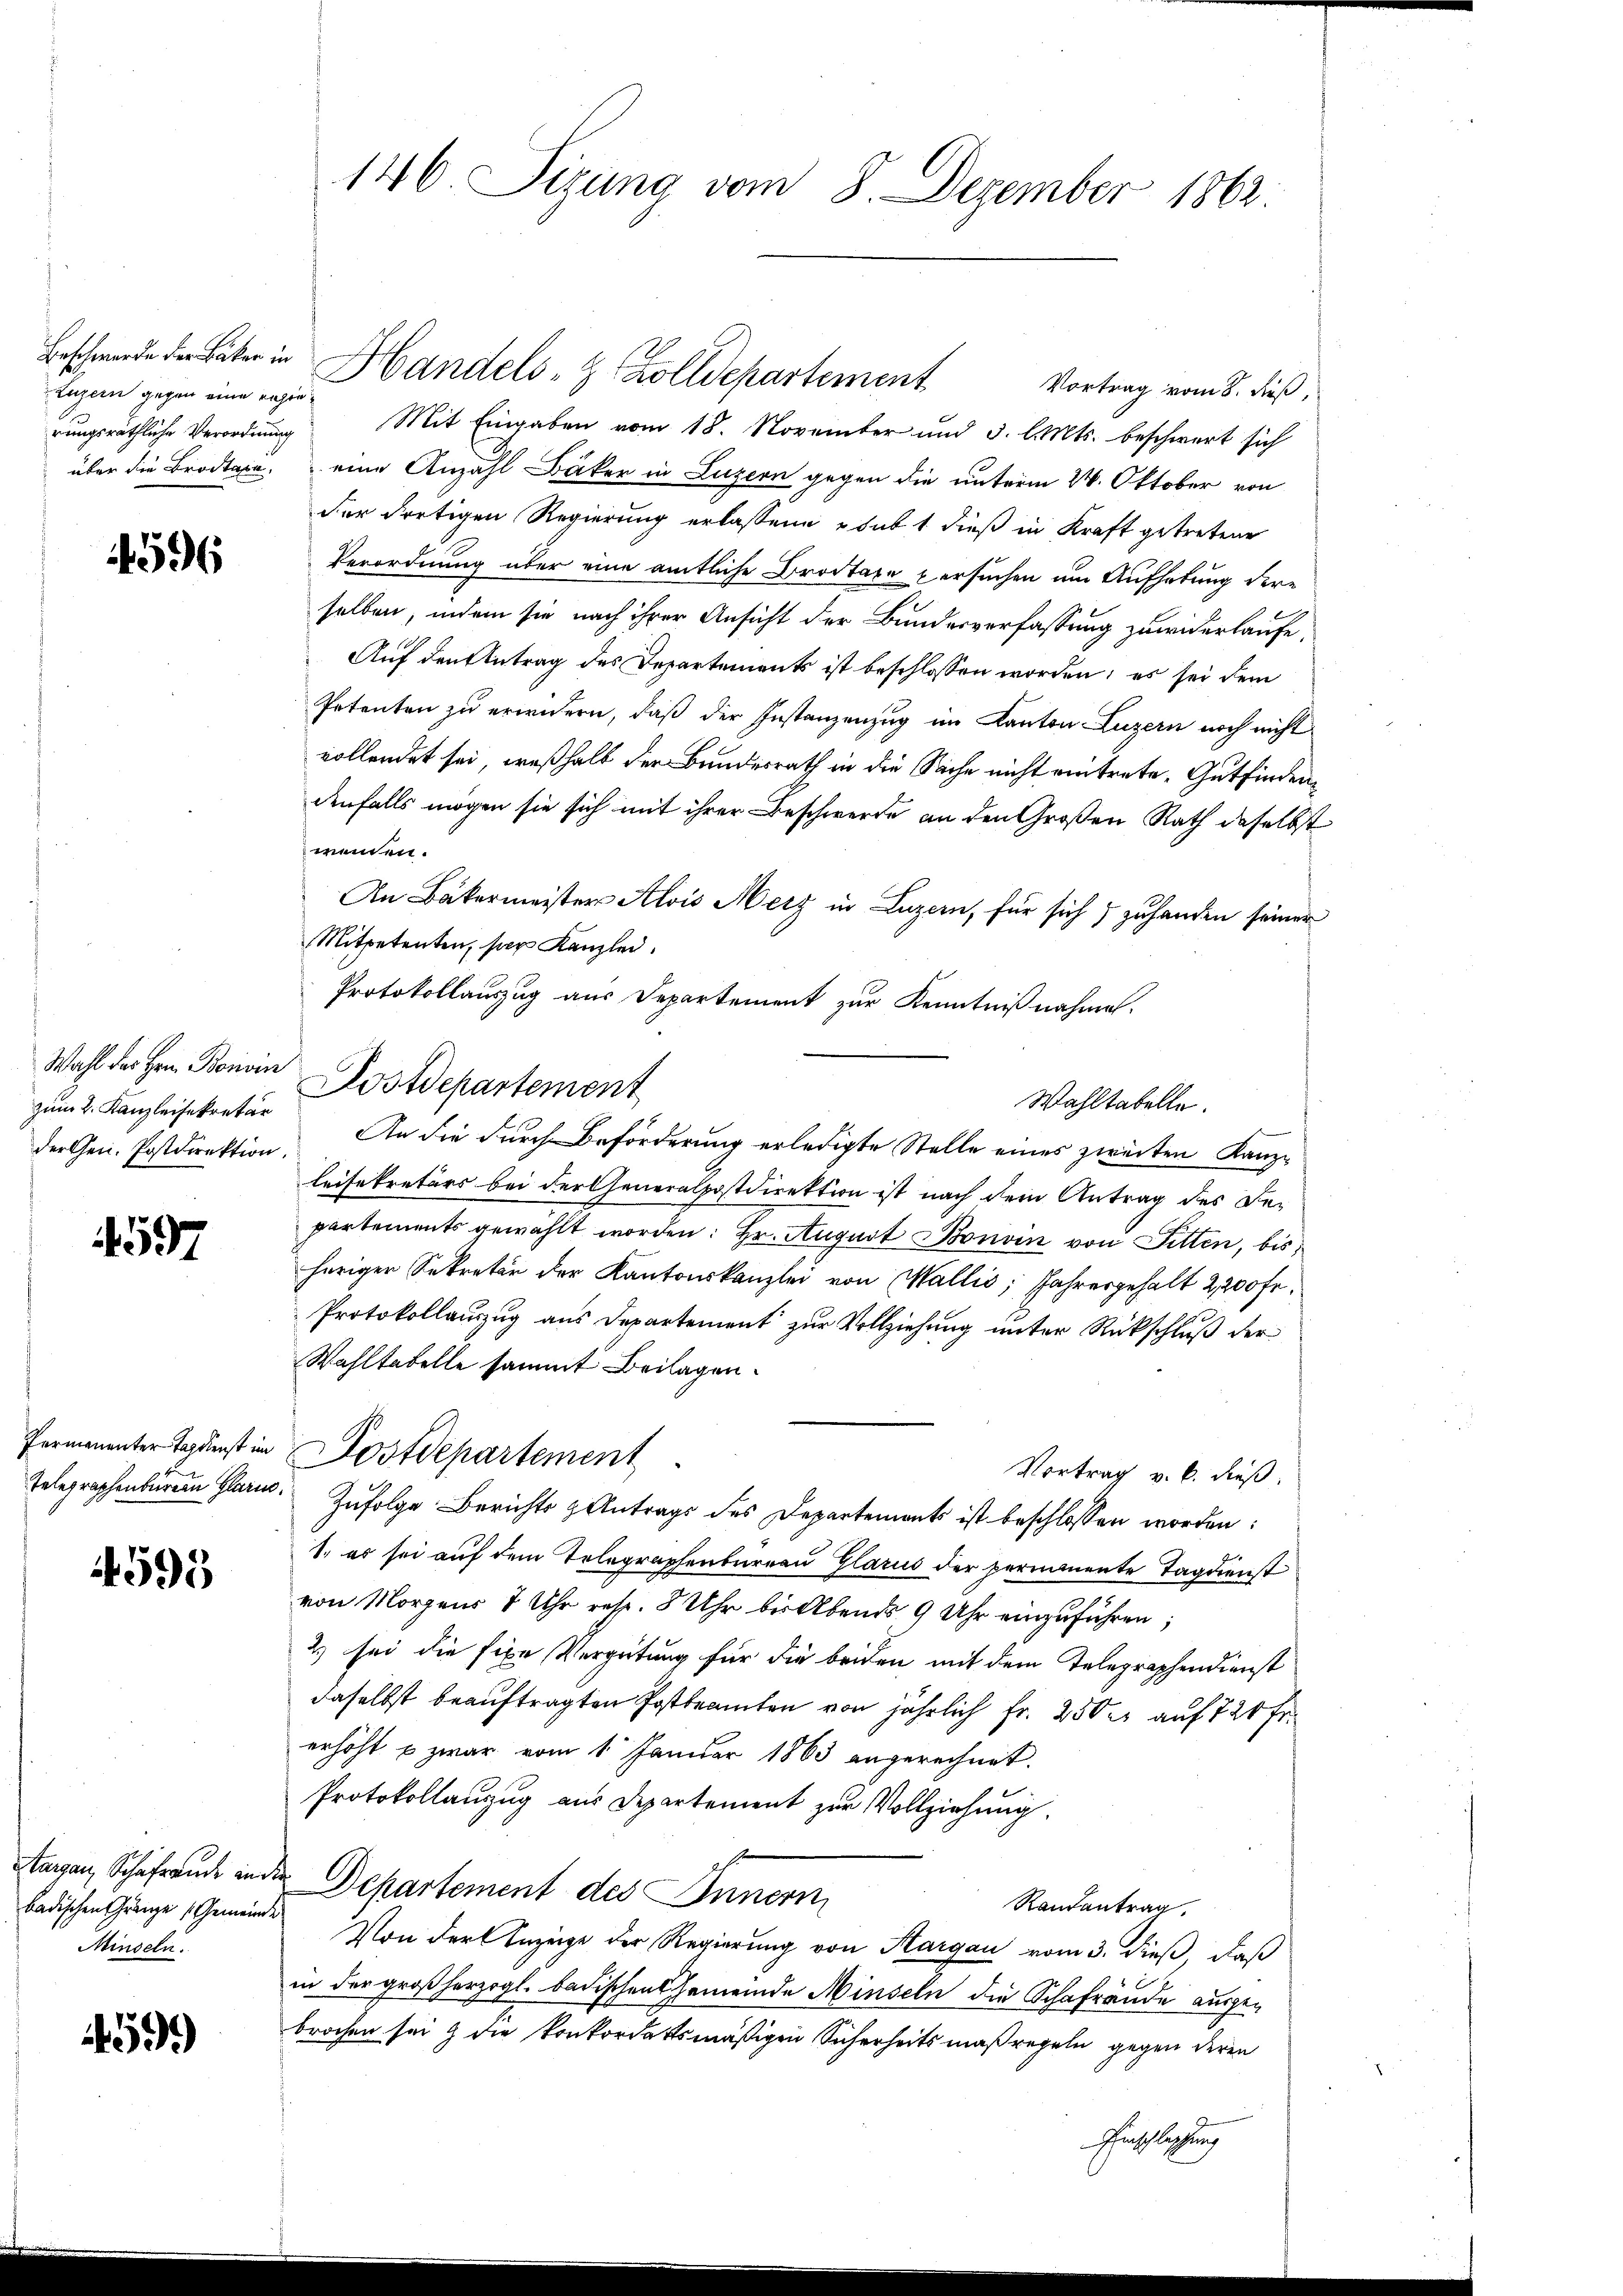
Luzern gegen eine reger¬

4596

Wahl des Hrn. Boivin
zum 2. Kanzleisekretär
der Gen. Postdirektion.

4597

4595

targen, Schefraude in
badischen Gränze Gemeinde
Minseln.

459)

146 Sizung vom 8. Dezember 1863.

Beschwerde der Later in Handels- & Polldepartement
Vortrag vom 8. dieß,
rungsräthliche Verordnung Mit Eingaben vom 18. November und 3. l. Mts. beschwert sich
über die Brodtaxe, eine Anzahl Bäker in Luzern gegen die unterm 2. Oktober von
der dortigen Regierung erlassene sub 1 dieß in Kraft getretene
Verordnung über eine amtliche Brodtaxe versuchen um Aufhebung dere
selben, indem sie nach ihrer Ansicht der Bundesverfassung zuwiderlaufe,
Auf den Antrag des Departements ist beschlossen worden; es sei dem
Petenten zu erwidern, daß der Instanzenzug im Kanton Luzern noch nicht
vollendet sei, weßhalb der Bundesrath in die Sache nicht eintrete. Gutfindendenfalls mögen sie sich mit ihrer Beschwerde an den Großen Rath daselbst
wenden.
An Bäkermeister Alois Merz in Luzern, für sich zu handen seiner
Mitpetenten, per Kanzlei.
Protokollauszug aus Departement zur Kenntnißnahme.
Wahltabelle.
An die durch Beförderung erledigte Stelle eines zweiten Kanze
leisekretärs bei der Generalpostdirektion ist nach dem Antrag des Departements gewählt worden: Hr. August Bonvin von Sitten, bis
heriger Sekretär der Kantonskanzlei von Wallis, Jahresgehalt 2,200 Fr.
Protokollauszug aus Departement zur Vollziehung unter Rückschluß der
Wahltabelle sammt Beilagen.
fermanenter Tagenst in Postdepartement
Vortrag v. 6. dieß.
Telegraphenbarem Glarm. Zufolge Berichts & Antrags des Departements ist beschlossen worden:
1. es sei auf dem Telegraphenbureau Glarus der pernmente Tagdienst
von Morgens 7 Uhr resp. 8 Uhr bis Abends 9 Uhr einzuführen;
2.) sei die fixe Vergütung für die beiden mit dem Telegraphendienst
daselbst beauftragten Postbeamten von jährlich Fr. 250 er auf 720 Fr.
erhöht u zwar vom 1. Januar 1863 angerechnet.
Protokollauszug aus Departement zur Vollziehung.
de Departement des Innern
Randantrag.
Von der Anzeige der Regierung von Aargau vom 3. dieß, daß
in der großherzogl. badischen Gemeinde Minseln die Schafräude ausgebrochen sei & die konkordatsmäßigen Sicherheitsmaßregeln gegen deren
Einschlassung

Postdepartement